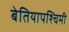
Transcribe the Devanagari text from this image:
बेतियापश्चिमी